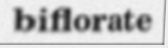
biflorate